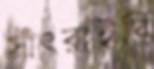
সাঁৎরাইবি